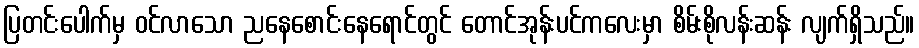
ပြတင်းပေါက်မှ ဝင်လာသော ညနေစောင်းနေရောင်တွင် တောင်အုန်းပင်ကလေးမှာ စိမ်းစိုလန်းဆန်း လျက်ရှိသည်။